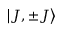
\ensuremath { \left| J , \pm J \right\rangle }